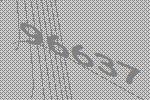
96637